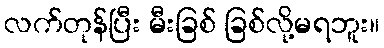
လက်တုန်ပြီး မီးခြစ် ခြစ်လို့မရဘူး။